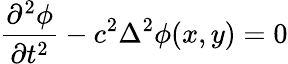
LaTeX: \frac{\partial^{2}\phi}{\partial t^{2}}-c^{2}\Delta^{2}\phi(x,y)=0